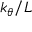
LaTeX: k _ { \theta } / L